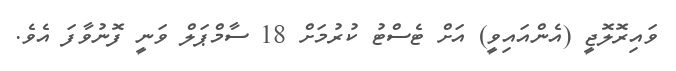
ވައިރޮލޮޖީ (އެންއައިވީ) އަށް ޓެސްޓު ކުރުމަށް 18 ސާމްޕަލް ވަނީ ފޮނުވާފަ އެވެ.